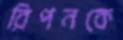
রিপনকে